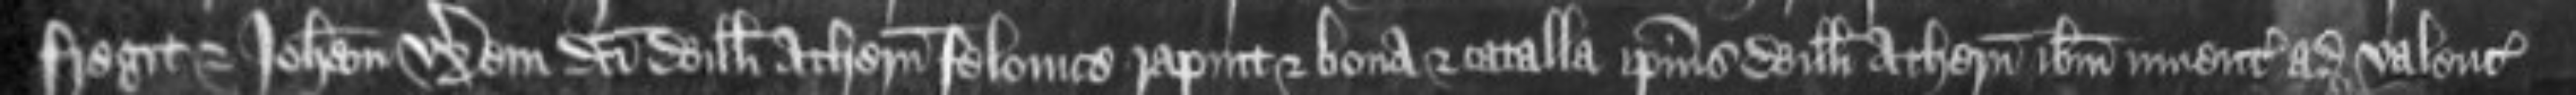
fregit et Johannam uxorem dicti Willelmi Athern felonice rapuit et bona et catalla ipsius Willelmi Athern ibidem inuenta ad valenciam